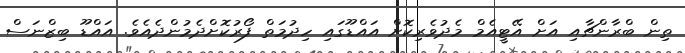
ތިން ބްރާންޗާއި އަށް އޭޓީއެމް މެދުވެރިކޮށް އައްޑޫގައި ހިދުމަތް ފޯރުކޮށްދެމުންދެއެވެ. އައްޑޫ ބިޒްނަސް